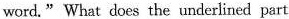
word." What does the underlined part